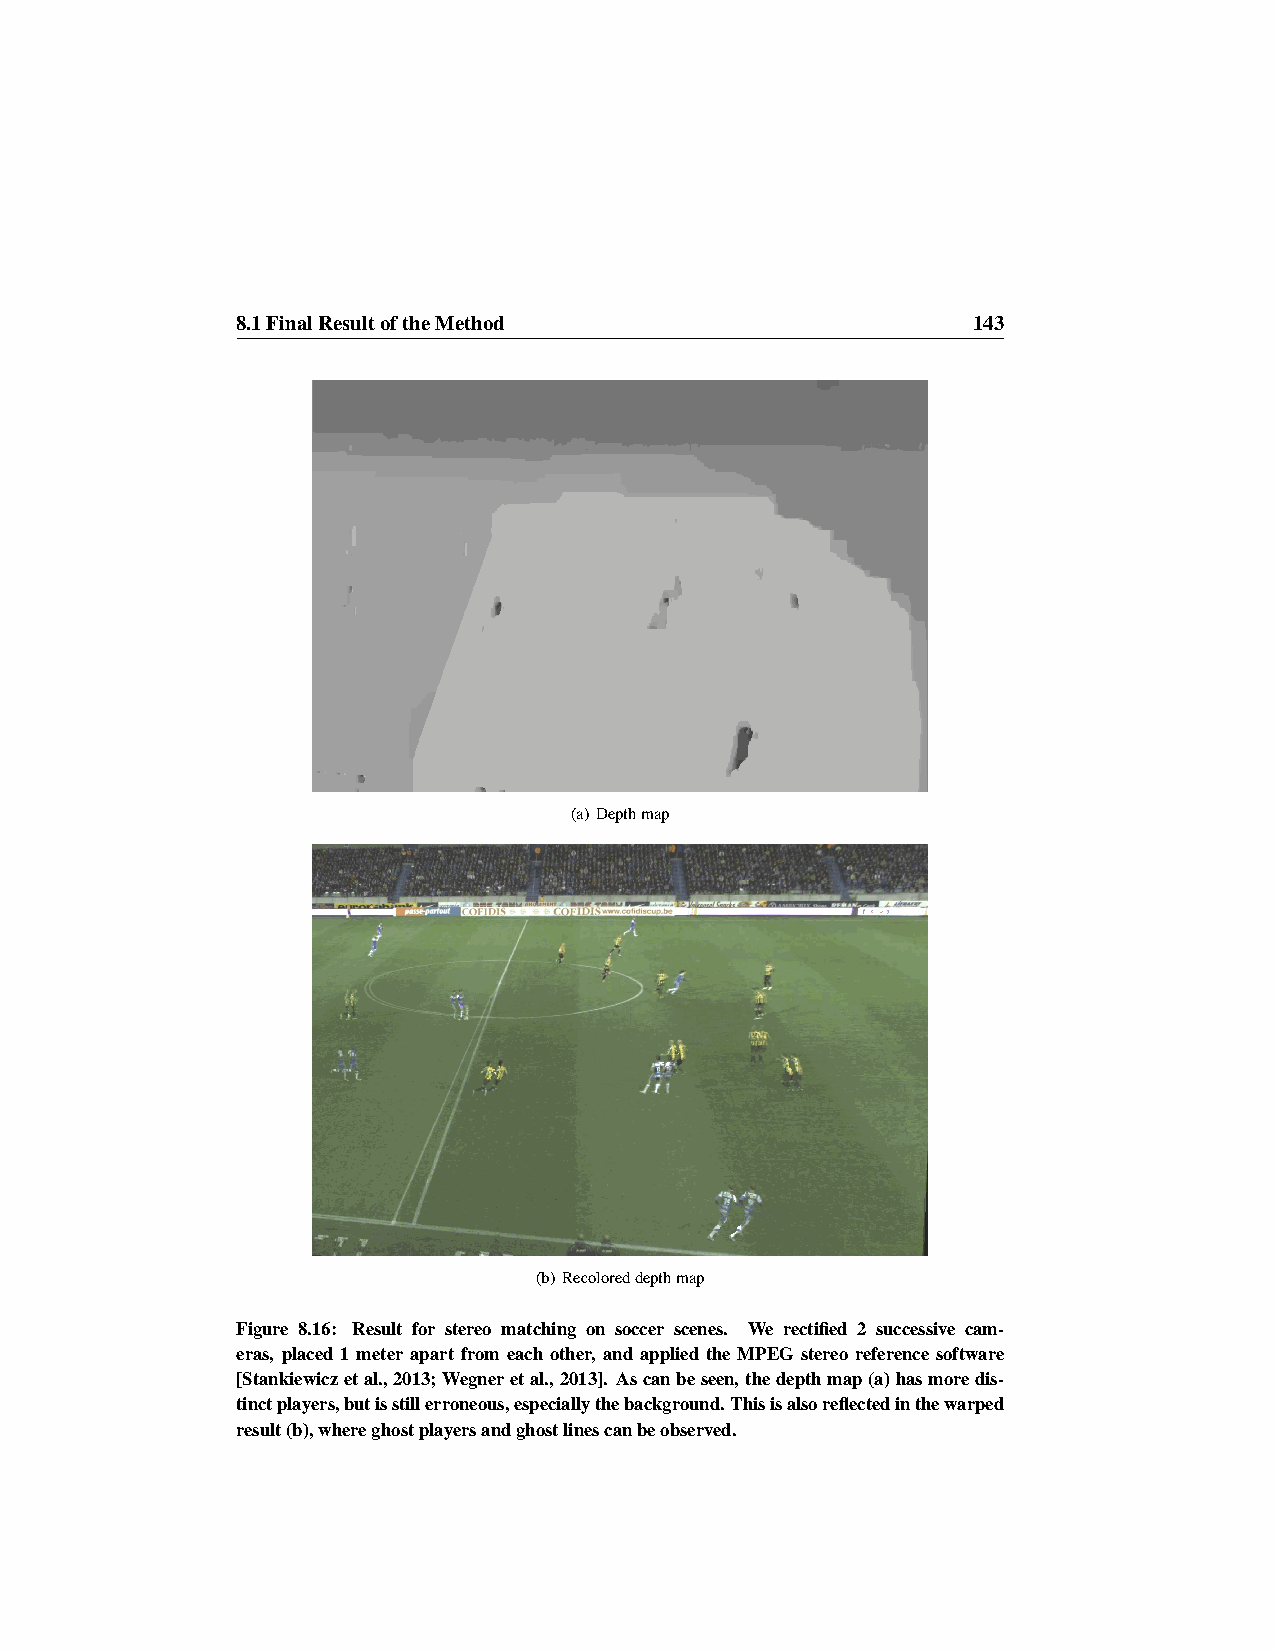
8.1FinalResultoftheMethod                       143
 (a) Depthmap
 (b) Recoloreddepthmap
 Figure 8.16: Result for stereo matching on soccer scenes. We rectified 2 successive cam-
 eras, placed 1 meter apart from each other, and applied the MPEG stereo reference software
 [Stankiewiczetal.,2013;Wegneretal.,2013]. Ascanbeseen,thedepthmap(a)hasmoredis-
 tinctplayers,butisstillerroneous,especiallythebackground.Thisisalsoreflectedinthewarped
 result(b),whereghostplayersandghostlinescanbeobserved.